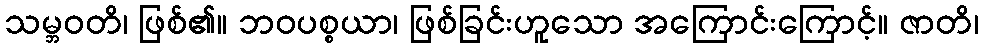
သမ္ဘဝတိ၊ ဖြစ်၏။ ဘဝပစ္စယာ၊ ဖြစ်ခြင်းဟူသော အကြောင်းကြောင့်။ ဇာတိ၊